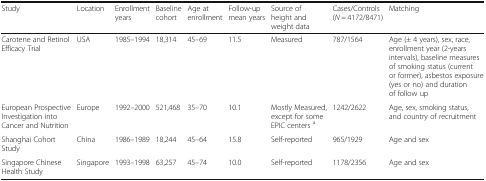
| Study | Location | Enrollment years | Baseline cohort | Age at enrollment | Follow-up mean years | Source of height and weight data | Cases/Controls (N = 4172/8471) | Matching |
 | --- | --- | --- | --- | --- | --- | --- | --- | --- |
 | Carotene and Retinol Efficacy Trial | USA | 1985–1994 | 18,314 | 45–69 | 11.5 | Measured | 787/1564 | Age (± 4 years), sex, race, enrollment year (2-years intervals), baseline measures of smoking status (current or former), asbestos exposure (yes or no) and duration of follow up |
 | European Prospective Investigation into Cancer and Nutrition | Europe | 1992–2000 | 521,468 | 35–70 | 10.1 | Mostly Measured, except for some EPIC centers a | 1242/2622 | Age, sex, smoking status, and country of recruitment |
 | Shanghai Cohort Study | China | 1986–1989 | 18,244 | 45–64 | 15.8 | Self-reported | 965/1929 | Age and sex |
 | Singapore Chinese Health Study | Singapore | 1993–1998 | 63,257 | 45–74 | 10.0 | Self-reported | 1178/2356 | Age and sex |